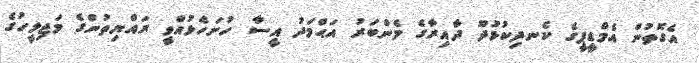
އެގޮތުން އެމްޑީޕީގެ ކެނދިކުޅުދޫ ދާއިރާގެ މެންބަރު އަޙްމަދު އީސާ ހުށަހެޅުއްވީ ރައްޔިތުންގެ މަޖިލީހުގެ